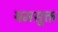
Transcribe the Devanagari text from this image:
यमसूक्त